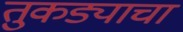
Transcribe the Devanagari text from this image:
तुकड्याचा